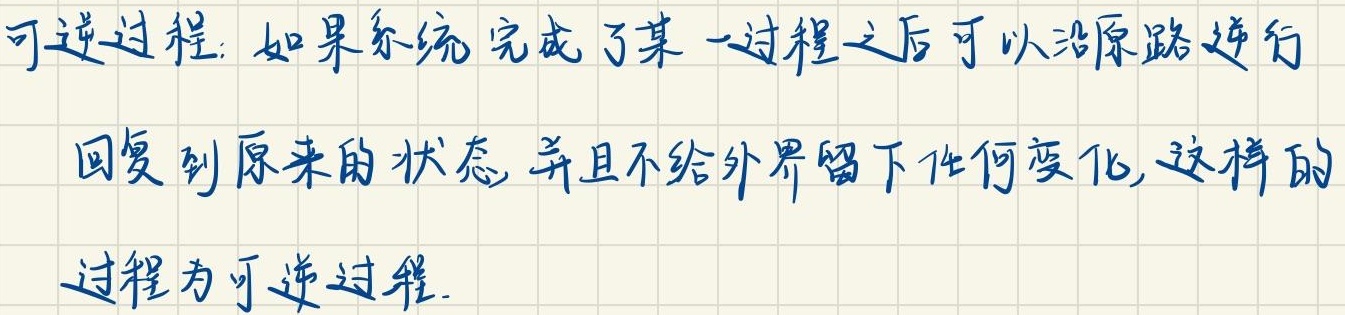
可逆过程：如果系统完成了某一过程之后可以沿原路逆行回复到原来的状态，并且不给外界留下任何变化，这样的过程为可逆过程.